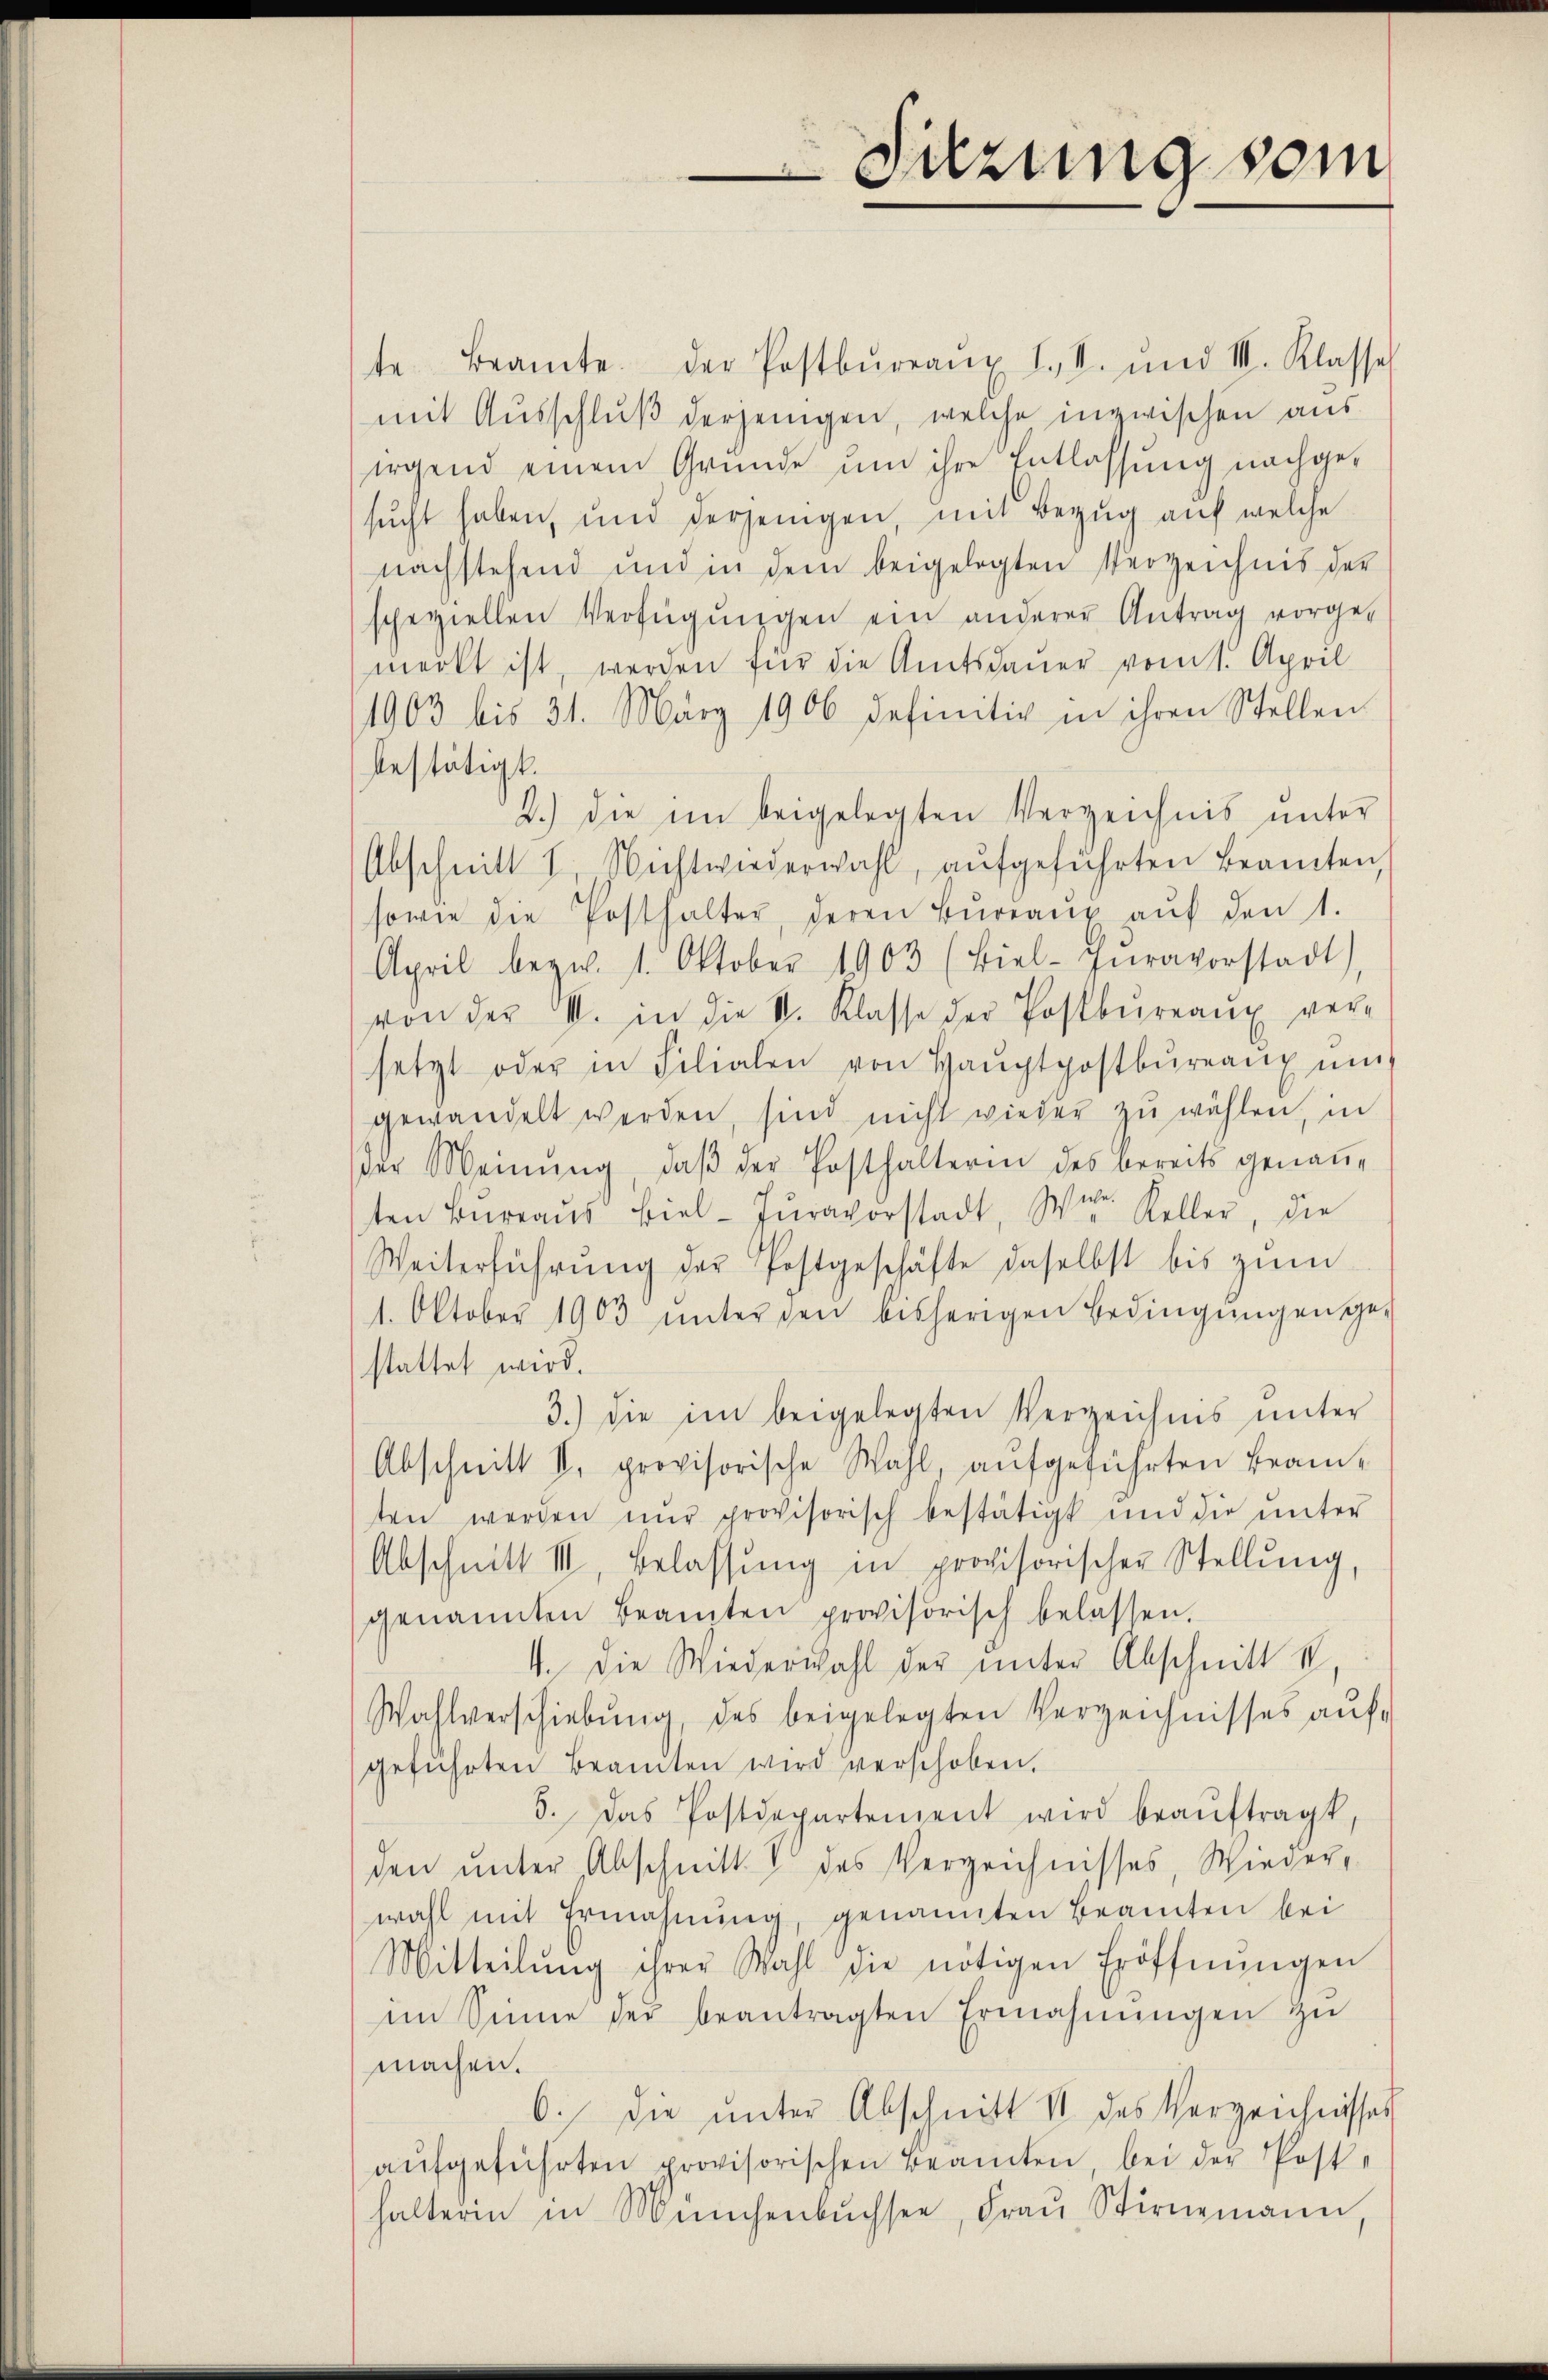
te Beamte der Postbüreaŭ I., S. und III. Klasse
mit Ausschluß derjenigen, welche inzwischen aus
irgend einem Grunde um ihre Entlassung nachgesucht haben, und derjenigen, mit Bezug auf welche
nachstehend und in dem beigelegten Verzeichnis der
speziellen Verfügŭngen ein anderer Antrag vorge-
merkt ist, werden für die Amtsdauer vom 1. April
1903 bis 31. März 1906 definitiv in ihren Stellen
bestätigt.
2.) die im beigelegten Verzeichnis ŭnter
Abschnitt I. Nichtwiederwahl, aufgeführten Beamten,
sowie die Posthalter, deren Bŭrrang aŭf den 1.
April bezw. 1. Oktober 1903 (Biel-Zŭravorstadt
von der u. in die St. Klasse der Postbureaux versetzt oder in Filialen von Haŭptpostbureaux un
gewandelt werden, sind nicht wieder zŭ wählen, in
der Meinŭng, daβ der Posthalterin des bereits genaṅe
ten Büreaŭs Biel-Jŭravorstadt, Wien. Keller, die
Weiterführŭng der Postgeschäfte daselbst bis zŭm
1. Oktober 1903 ŭnterden bisherigen Bedingŭngen ge-
stattet wird.
3.) die im beigelegten Verzeichnis unter
Abschnitt II. provisorische Wahl, aufgeführten Beamten werden nŭr provisorisch bestätigt und die ŭnter
Abschnitt III, Belassŭng in provisorischer Stellung
genannten Beamten provisorisch belassen.
4. Die Wiederwahl der unter Abschnitt u.
Wahlverschiebung, des beigelegten Verzeichnisses auf-
geführten Beamten wird verschoben.
5. Das Postdepartement wird beaŭftragt,
den unter Abschnitt des Verzeichnisses, Wieder-
wahl mit Ermahnŭng, genannten Beamten bei
Mitteilŭng ihrer Wahl die nötigen Eröffnŭngen
im Sinne der beantragten Ermahnŭngen zŭ
machen.
6. die ŭnter Abschnitt II des Verzeichnisses
aŭfgeführten provisorischen Beamten, bei der Post-
halteren in Münchenbŭchsee, Fraŭ Stirnemann,

Suzung som